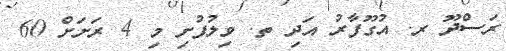
ރަސްދޫ ރ. އުގޫފާރު އަދި ތ. ވިލުފުށި މި 4 ރަށަށް 60